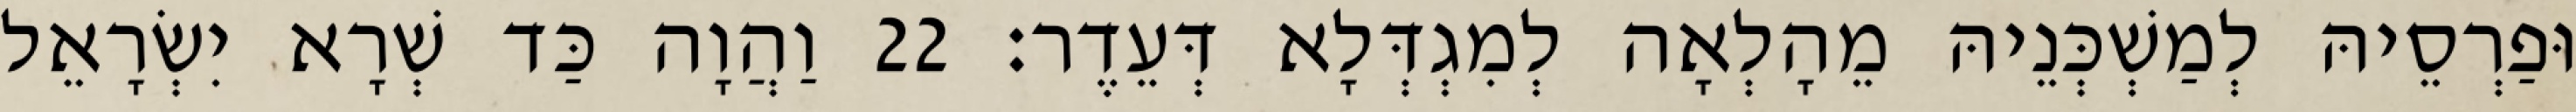
וּפַרְסֵיהּ לְמַשְׁכְּנֵיהּ מֵהָלְאָה לְמִגְדְּלָא דְּעֵדֶר׃ 22 וַהֲוָה כַּד שְׁרָא יִשְׂרָאֵל